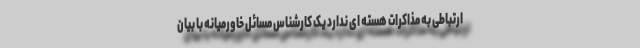
ارتباطی به مذاکرات هسته ای ندارد یک کارشناس مسائل خاورمیانه با بیان